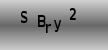
Text: SBry2